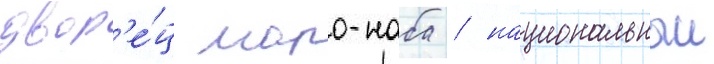
двор'е́ц моро-наба / национальныи